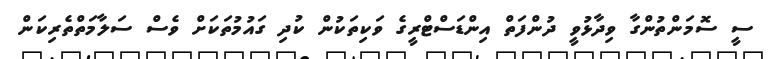
ސީ ސޮމަންތުންގާ ވިދާޅުވީ ދުންފަތް އިންޑަސްޓްރީގެ ވަކިތަކުން ކުދި ގައުމުތަކަށް ވެސް ސަލާމަތްތެރިކަން